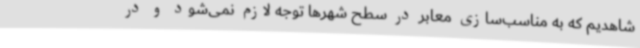
شاهدیم که به مناسب‌سازی معابر در سطح شهرها توجه لازم نمی‌شود و در